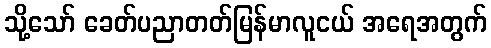
သို့သော် ခေတ်ပညာတတ်မြန်မာလူငယ် အရေအတွက်